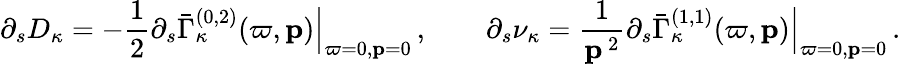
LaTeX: \partial_{s}D_{\kappa}=-\frac 12\partial_{s}\bar{\Gamma}_{\kappa}^{(0,2)}(\varpi,{\mathbf p})\Big|_{\varpi=0,{\mathbf p}=0}\, ,\qquad\partial_{s}\nu_{\kappa}=\frac{1}{{\mathbf p}^{\, 2}}\partial_{s}\bar{\Gamma}_{\kappa}^{(1,1)}(\varpi,{\mathbf p})\Big|_{\varpi=0,{\mathbf p}=0}\, .